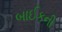
બાઈકની